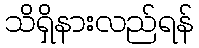
သိရှိနားလည်ရန်